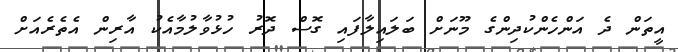
އީތަން ދެ އަންހެންކުދިންގެ މޫނަށް ބަލައިލާފައި ގޮސް ދޮރު ހުޅުވާލުމާއެކު އާރިން އެތެރެއަށް